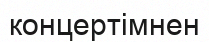
концертімнен